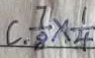
C . \frac { 7 } { 8 } \times \frac { 1 } { 4 }